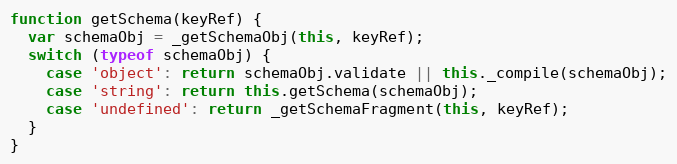
Language: JavaScript
function getSchema(keyRef) {
  var schemaObj = _getSchemaObj(this, keyRef);
  switch (typeof schemaObj) {
    case 'object': return schemaObj.validate || this._compile(schemaObj);
    case 'string': return this.getSchema(schemaObj);
    case 'undefined': return _getSchemaFragment(this, keyRef);
  }
}